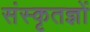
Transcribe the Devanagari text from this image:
संस्कृतज्ञों